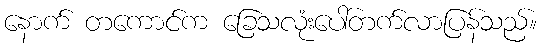
နောက် တကောင်က ခြေသလုံးပေါ်တက်လာပြန်သည်။